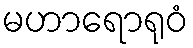
မဟာရောရုဝံ